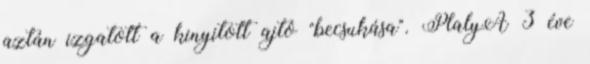
aztán izgatott a kinyitott ajtó "becsukása". PlalyA 3 éve